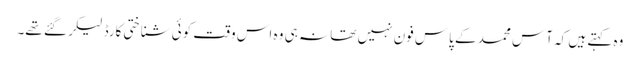
وہ کہتے ہیں کہ آس محمد کے پاس فون نہیں تھا نہ ہی وہ اس وقت کوئی شناختی کارڈ لیکر گئے تھے۔